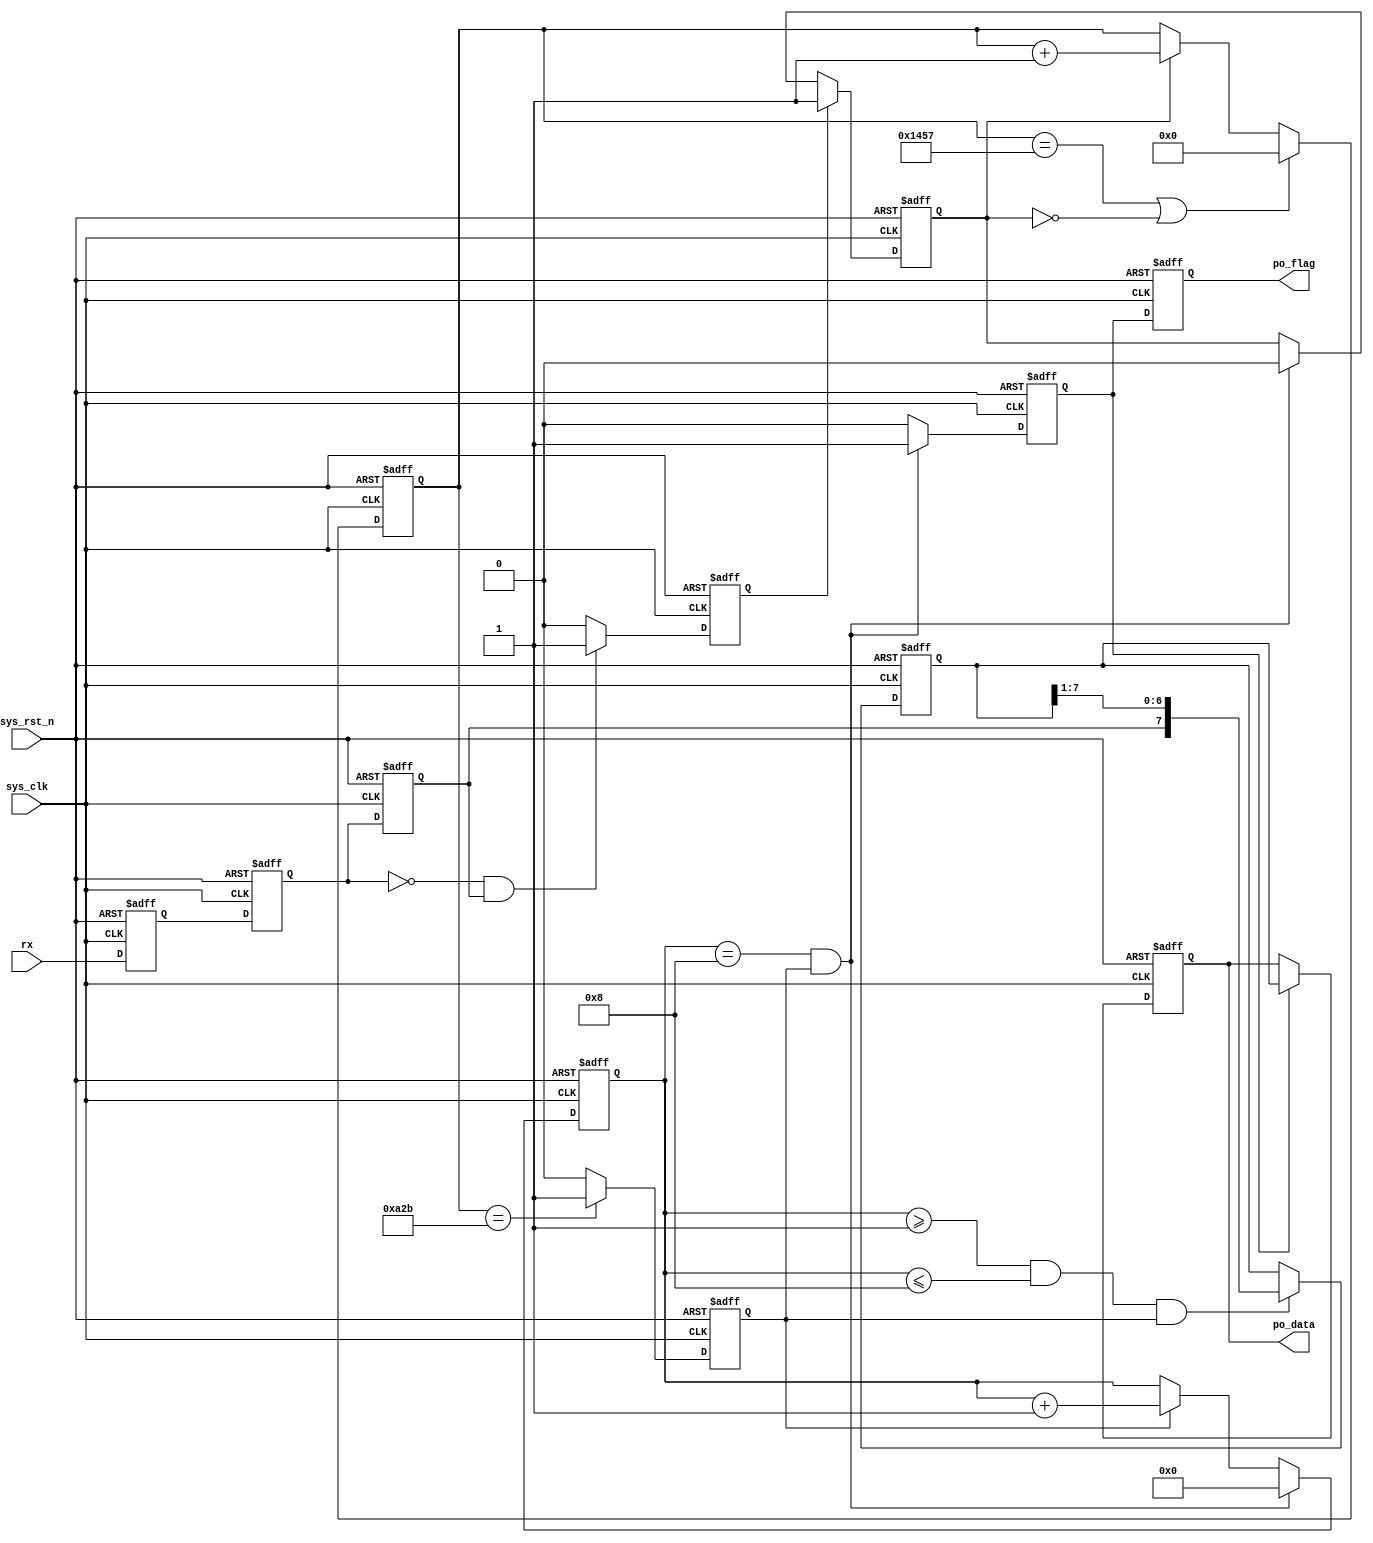
// This program was cloned from: https://github.com/abdelazeem201/SoC-FPGA
// License: MIT License

//*********************************************************************
//* ASIC Fresh Board                                                   *
//*  Malogic uart                                                     *
//*  Top File : uart.v                                                *
//*  Author: abdelazeem                                               *
//*  Revision 0.1                                                     *
//*  Date     2024/01/26                                              *
//*  Email : a.abdelazeem201@gmail.com                                * 
//*********************************************************************
`timescale  1ns/1ns


module  uart_rx
#(
    parameter   UART_BPS    =   'd9600,        
    parameter   CLK_FREQ    =   'd50_000_000   
)
(
    input   wire            sys_clk     ,  
    input   wire            sys_rst_n   ,  
    input   wire            rx          ,  
                                           
    output  reg     [7:0]   po_data     ,  
    output  reg             po_flag        
);


localparam  BAUD_CNT_MAX    =   CLK_FREQ/UART_BPS   ;
 
reg         rx_reg1     ;
reg         rx_reg2     ;
reg         rx_reg3     ;
reg         start_nedge ;
reg         work_en     ;
reg [12:0]  baud_cnt    ;
reg         bit_flag    ;
reg [3:0]   bit_cnt     ;
reg [7:0]   rx_data     ;
reg         rx_flag     ;

always@(posedge sys_clk or negedge sys_rst_n)
    if(sys_rst_n == 1'b0)
        rx_reg1 <= 1'b1;
    else
        rx_reg1 <= rx;


always@(posedge sys_clk or negedge sys_rst_n)
    if(sys_rst_n == 1'b0)
        rx_reg2 <= 1'b1;
    else
        rx_reg2 <= rx_reg1;

always@(posedge sys_clk or negedge sys_rst_n)
    if(sys_rst_n == 1'b0)
        rx_reg3 <= 1'b1;
    else
        rx_reg3 <= rx_reg2;


always@(posedge sys_clk or negedge sys_rst_n)
    if(sys_rst_n == 1'b0)
        start_nedge <= 1'b0;
    else    if((~rx_reg2) && (rx_reg3))
        start_nedge <= 1'b1;
    else
        start_nedge <= 1'b0;


always@(posedge sys_clk or negedge sys_rst_n)
    if(sys_rst_n == 1'b0)
        work_en <= 1'b0;
    else    if(start_nedge == 1'b1)
        work_en <= 1'b1;
    else    if((bit_cnt == 4'd8) && (bit_flag == 1'b1))
        work_en <= 1'b0;


always@(posedge sys_clk or negedge sys_rst_n)
    if(sys_rst_n == 1'b0)
        baud_cnt <= 13'b0;
    else    if((baud_cnt == BAUD_CNT_MAX - 1) || (work_en == 1'b0))
        baud_cnt <= 13'b0;
    else    if(work_en == 1'b1)
        baud_cnt <= baud_cnt + 1'b1;


always@(posedge sys_clk or negedge sys_rst_n)
    if(sys_rst_n == 1'b0)
        bit_flag <= 1'b0;
    else    if(baud_cnt == BAUD_CNT_MAX/2 - 1)
        bit_flag <= 1'b1;
    else
        bit_flag <= 1'b0;


always@(posedge sys_clk or negedge sys_rst_n)
    if(sys_rst_n == 1'b0)
        bit_cnt <= 4'b0;
    else    if((bit_cnt == 4'd8) && (bit_flag == 1'b1))
        bit_cnt <= 4'b0;
     else    if(bit_flag ==1'b1)
         bit_cnt <= bit_cnt + 1'b1;


always@(posedge sys_clk or negedge sys_rst_n)
    if(sys_rst_n == 1'b0)
        rx_data <= 8'b0;
    else    if((bit_cnt >= 4'd1)&&(bit_cnt <= 4'd8)&&(bit_flag == 1'b1))
        rx_data <= {rx_reg3, rx_data[7:1]};


always@(posedge sys_clk or negedge sys_rst_n)
    if(sys_rst_n == 1'b0)
        rx_flag <= 1'b0;
    else    if((bit_cnt == 4'd8) && (bit_flag == 1'b1))
        rx_flag <= 1'b1;
    else
        rx_flag <= 1'b0;


always@(posedge sys_clk or negedge sys_rst_n)
    if(sys_rst_n == 1'b0)
        po_data <= 8'b0;
    else    if(rx_flag == 1'b1)
        po_data <= rx_data;


always@(posedge sys_clk or negedge sys_rst_n)
    if(sys_rst_n == 1'b0)
        po_flag <= 1'b0;
    else
        po_flag <= rx_flag;

endmodule